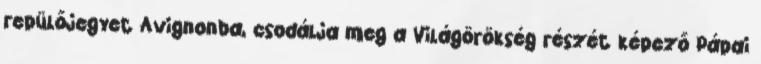
repülőjegyet Avignonba, csodálja meg a Világörökség részét képező Pápai